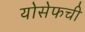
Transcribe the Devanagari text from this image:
योसेफची